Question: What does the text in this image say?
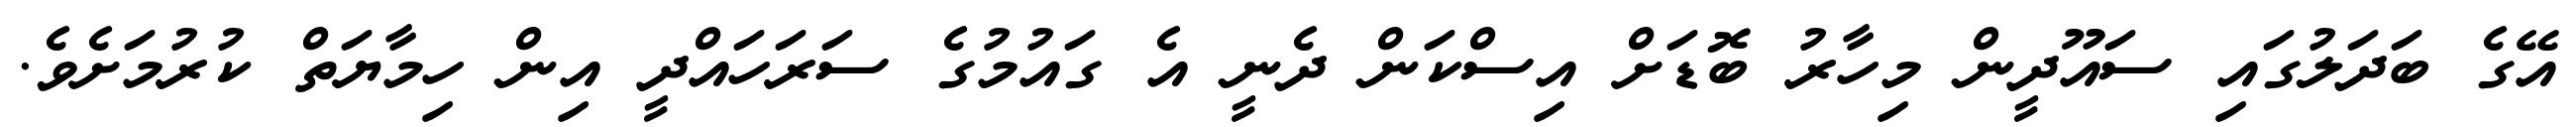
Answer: އޭގެ ބަދަލުގައި ސައޫދީން މިހާރު ބޮޑަށް އިސްކަން ދެނީ އެ ގައުމުގެ ސަރަހައްދީ އިން ހިމާޔަތް ކުރުމަށެވެ.